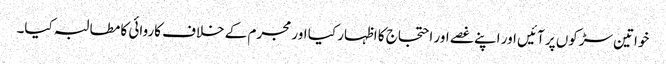
خواتین سڑکوں پر آئیں اور اپنے غصے اور احتجاج کا اظہار کیا اور مجرم کے خلاف کاروائی کا مطالبہ کیا۔